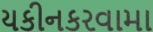
યકીનકરવામા